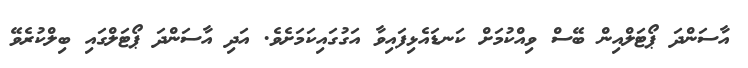
އާސަންދަ ޕޯޓަލްއިން ބޭސް ވިއްކުމަށް ކަނޑައެޅިފައިވާ އަގުގައިކަމަށެވެ. އަދި އާސަންދަ ޕޯޓަލްގައި ބިލްކުރެވޭ